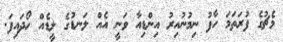
މެޗުގެ ފުރަތަމަ ހާފު ނިމުނުއިރު އިންޑިއާ ވަނީ އެއް ލަނޑުގެ ލީޑެއް ހޯދައިފަ.